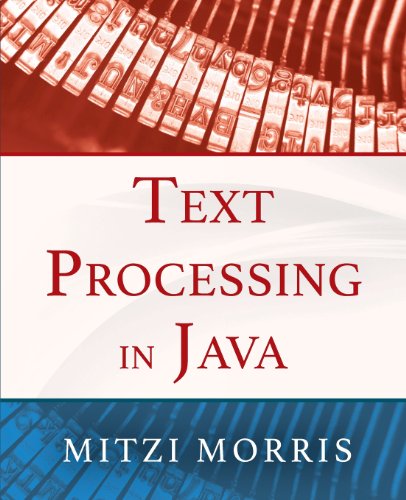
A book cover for Text Processing in Java; Mitzi Morris; Computers & Technology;